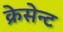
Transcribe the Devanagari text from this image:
क्रेसेन्ट